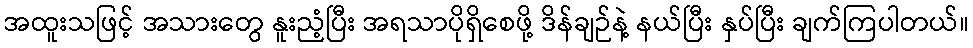
အထူးသဖြင့် အသားတွေ နူးညံ့ပြီး အရသာပိုရှိစေဖို့ ဒိန်ချဉ်နဲ့ နယ်ပြီး နှပ်ပြီး ချက်ကြပါတယ်။